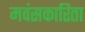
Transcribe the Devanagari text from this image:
मवंसकारिता